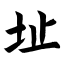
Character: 址